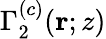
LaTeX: \Gamma_{2}^{(c)}(\mathbf{r};z)